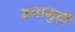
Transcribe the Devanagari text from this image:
अनामुदी